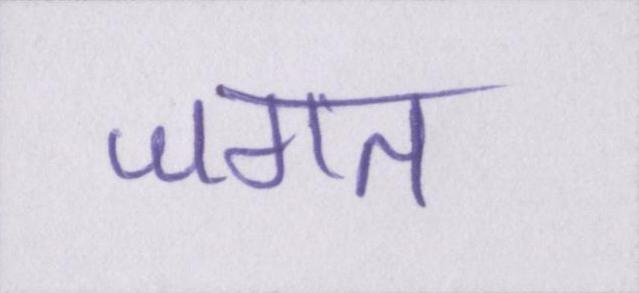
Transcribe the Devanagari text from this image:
जगत